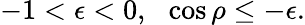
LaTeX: -1<\epsilon<0,\ \ \cos\rho\le-\epsilon.